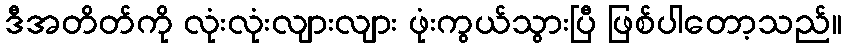
ဒီအတိတ်ကို လုံးလုံးလျားလျား ဖုံးကွယ်သွားပြီ ဖြစ်ပါတော့သည်။